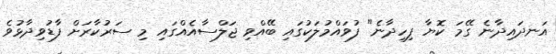
އަނދައިދާނެ ގޭމަ ކޮޔާ ފިހިދާނެ" ފުވައްމުލަކުގައި ބޭއްވި ޖަލްސާއެއްގައި މި ސަރުކާރަށް ފާޑުވިދާޅުވެ